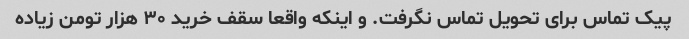
پیک‌ تماس برای تحویل تماس نگرفت. و اینکه واقعا سقف خرید ۳۰ هزار تومن زیاده